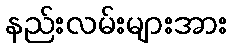
နည်းလမ်းများအား